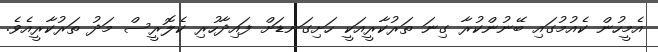
އެމީހުން ކެއުމުގައި ބޭނުންކުރާ ގިނަ ތަރުކާރީއަކީ ހަށިގަނޑަށް ފައިދާހުރި ކެލޮރީސް މަދު ތަރުކާރީއެވެ.